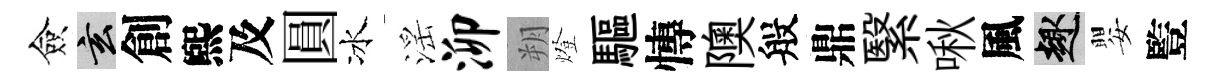
僉玄創煕及圓冰滛泖朔燈驅慱隩般鼎繄啾風趣嬰䜿